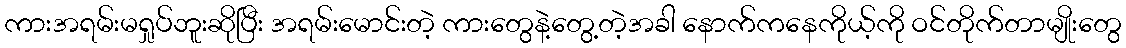
ကားအရမ်းမရှုပ်ဘူးဆိုပြီး အရမ်းမောင်းတဲ့ ကားတွေနဲ့တွေ့တဲ့အခါ နောက်ကနေကိုယ့်ကို ဝင်တိုက်တာမျိုးတွေ